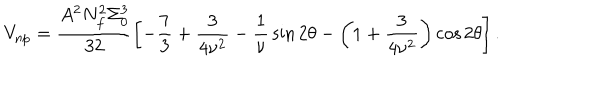
LaTeX: V _ { \mathrm { n p } } = \frac { A ^ { 2 } N _ { f } ^ { 2 } \Sigma _ { 0 } ^ { 3 } } { 3 2 } \left[ - { \frac { 7 } { 3 } } + \frac { 3 } { 4 \nu ^ { 2 } } - { \frac { 1 } { \nu } } \sin { 2 \theta } - \left( 1 + \frac { 3 } { 4 \nu ^ { 2 } } \right) \cos { 2 \theta } \right] .